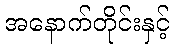
အနောက်တိုင်းနှင့်